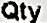
QTY